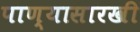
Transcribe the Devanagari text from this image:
पाण्यासारखी